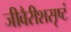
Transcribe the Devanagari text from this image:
जीवैरीशसृष्टं